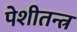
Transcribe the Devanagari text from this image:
पेशीतन्त्र